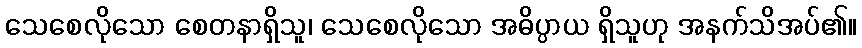
သေစေလိုသော စေတနာရှိသူ၊ သေစေလိုသော အဓိပ္ပာယ ရှိသူဟု အနက်သိအပ်၏။